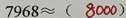
7 9 6 8 \approx ( 8 0 0 0 )